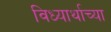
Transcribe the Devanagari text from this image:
विध्यार्थाच्या